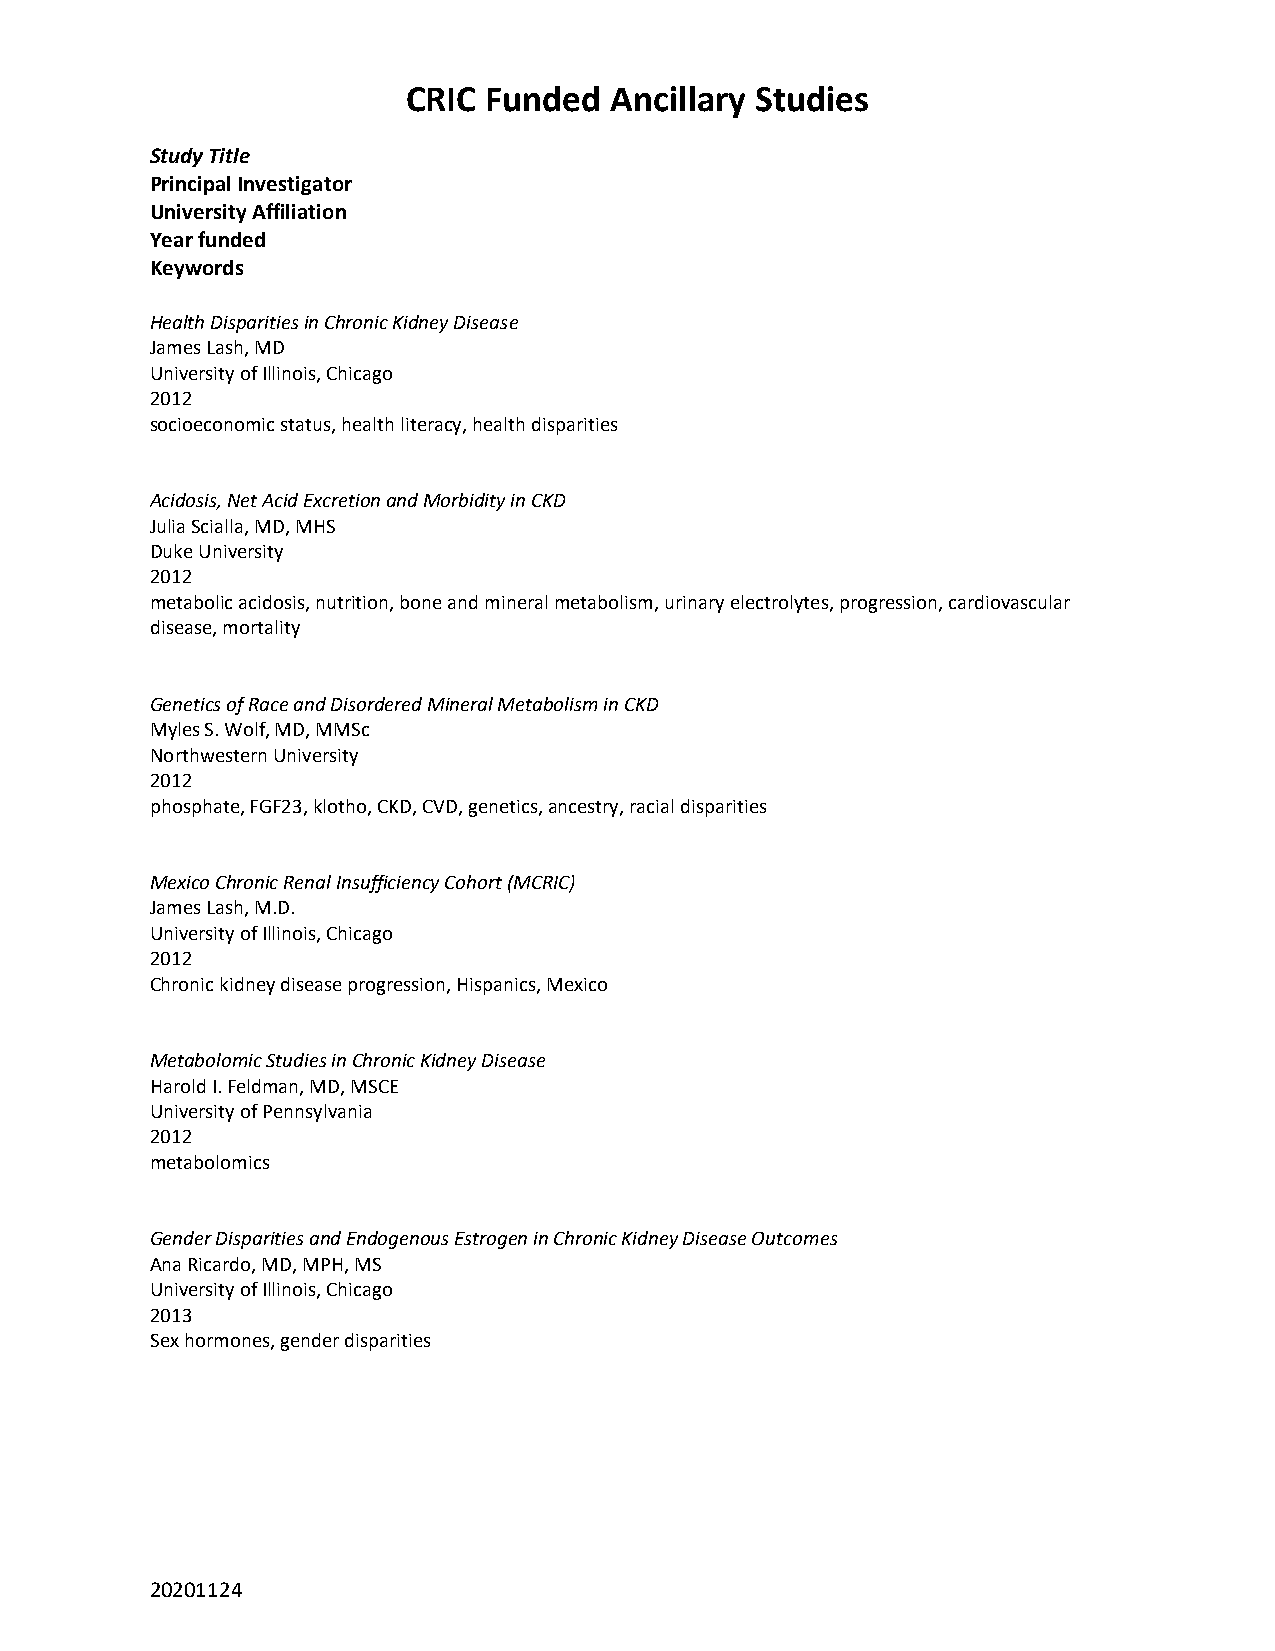
CRIC Funded  Ancillary Studies
 Study Title
 Principal Investigator
 University Affiliation
 Year funded
 Keywords
 Health Disparities in Chronic Kidney Disease
 James Lash, MD
 University of Illinois, Chicago
 2012
 socioeconomic status, health literacy, health disparities
 Acidosis, Net Acid Excretion and Morbidity in CKD
 Julia Scialla, MD, MHS
 Duke University
 2012
 metabolic acidosis, nutrition, bone and mineral metabolism, urinary electrolytes, progression, cardiovascular
 disease, mortality
 Genetics of Race and Disordered Mineral Metabolism in CKD
 Myles S. Wolf, MD, MMSc
 Northwestern University
 2012
 phosphate, FGF23, klotho, CKD, CVD, genetics, ancestry, racial disparities
 Mexico Chronic Renal Insufficiency Cohort (MCRIC)
 James Lash, M.D.
 University of Illinois, Chicago
 2012
 Chronic kidney disease progression, Hispanics, Mexico
 Metabolomic Studies in Chronic Kidney Disease
 Harold I. Feldman, MD, MSCE
 University of Pennsylvania
 2012
 metabolomics
 Gender Disparities and Endogenous Estrogen in Chronic Kidney Disease Outcomes
 Ana Ricardo, MD, MPH, MS
 University of Illinois, Chicago
 2013
 Sex hormones, gender disparities
 20201124